Elephants and their diseases
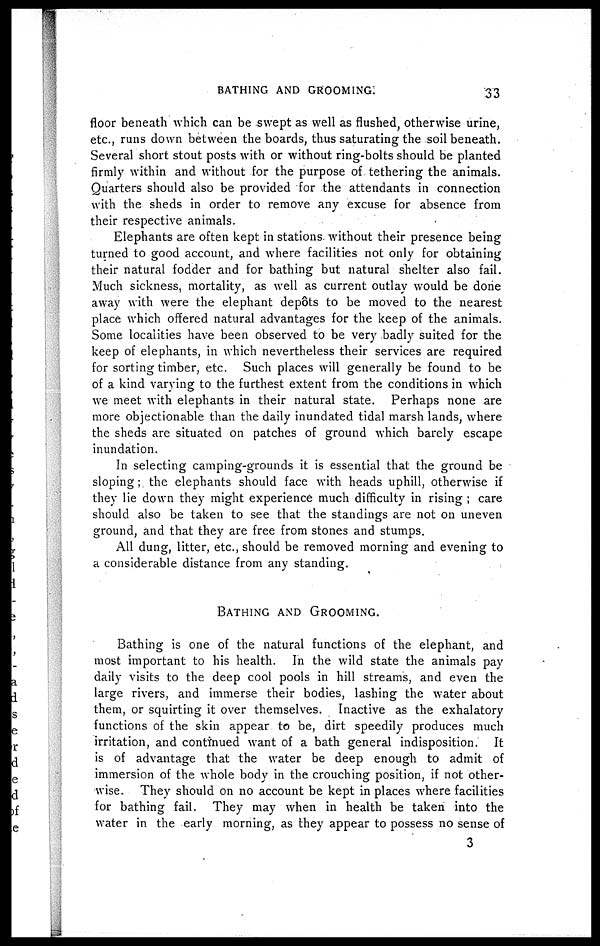
BATHING AND GROOMING:
33
floor beneath which can be swept as well as flushed, otherwise urine,
etc., runs down between the boards, thus saturating the soil beneath.
Several short stout posts with or without ring-bolts should be planted
firmly within and without for the purpose of tethering the animals.
Quarters should also be provided for the attendants in connection
with the sheds in order to remove any excuse for absence from
their respective animals.
Elephants are often kept in stations without their presence being
turned to good account, and where facilities not only for obtaining
their natural fodder and for bathing but natural shelter also fail.
Much sickness, mortality, as well as current outlay would be done
away with were the elephant depots to be moved to the nearest
place which offered natural advantages for the keep of the animals.
Some localities have been observed to be very badly suited for the
keep of elephants, in which nevertheless their services are required
for sorting timber, etc. Such places will generally be found to be
of a kind varying to the furthest extent from the conditions in which
we meet with elephants in their natural state. Perhaps none are
more objectionable than the daily inundated tidal marsh lands, where
the sheds are situated on patches of ground which barely escape
inundation.
In selecting camping-grounds it is essential that the ground be
sloping; the elephants should face with heads uphill, otherwise if
they lie down they might experience much difficulty in rising ; care
should also be taken to see that the standings are not on uneven
ground, and that they are free from stones and stumps.
All dung, litter, etc., should be removed morning and evening to
a considerable distance from any standing.
BATHING AND GROOMING.
Bathing is one of the natural functions of the elephant, and
most important to his health. In the wild state the animals pay
daily visits to the deep cool pools in hill streams, and even the
large rivers, and immerse their bodies, lashing the water about
them, or squirting it over themselves. Inactive as the exhalatory
functions of the skin appear to be, dirt speedily produces much
irritation, and continued want of a bath general indisposition. It
is of advantage that the water be deep enough to admit of
immersion of the whole body in the crouching position, if not other-
wise. They should on no account be kept in places where facilities
for bathing fail. They may when in health be taken into the
water in the early morning, as they appear to possess no sense of
3